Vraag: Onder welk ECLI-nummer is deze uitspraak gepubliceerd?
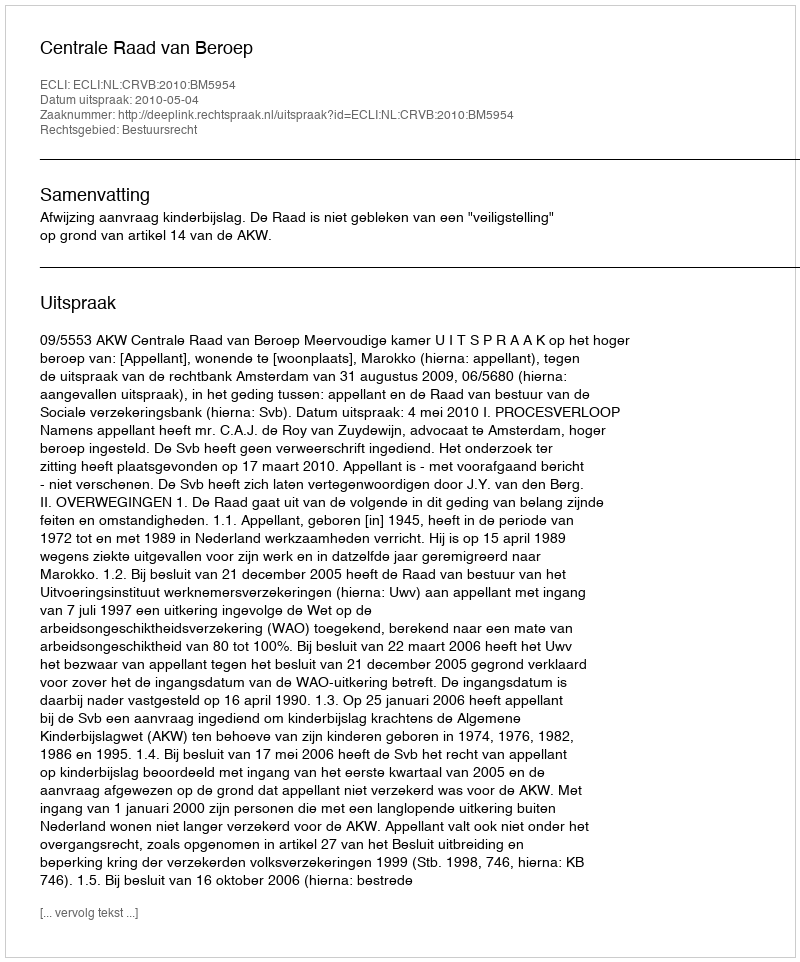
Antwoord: ECLI:NL:CRVB:2010:BM5954